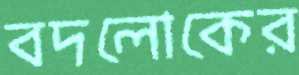
বদলোকের